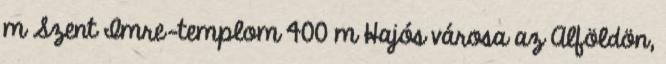
m Szent Imre-templom 400 m Hajós városa az Alföldön,